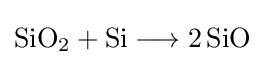
{\mathrm {SiO} {\vphantom {A}}_{\smash[{t}]{2}}{}+{}\mathrm {Si} {}\mathrel {\longrightarrow } {}2\,\mathrm {SiO} }